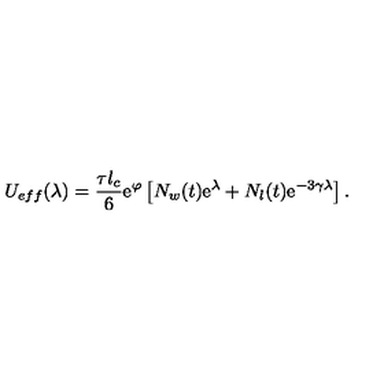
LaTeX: U _ { e f f } ( \lambda ) = \frac { \tau l _ { c } } { 6 } \mathrm { e } ^ { \varphi } \left[ N _ { w } ( t ) \mathrm { e } ^ { \lambda } + N _ { l } ( t ) \mathrm { e } ^ { - 3 \gamma \lambda } \right] .